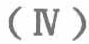
$(\mathrm{IV})$